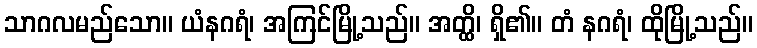
သာဂလမည်သော။ ယံနဂရံ၊ အကြင်မြို့သည်။ အတ္ထိ၊ ရှိ၏။ တံ နဂရံ၊ ထိုမြို့သည်။